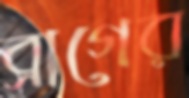
ব্রাগের